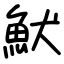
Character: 𩵥